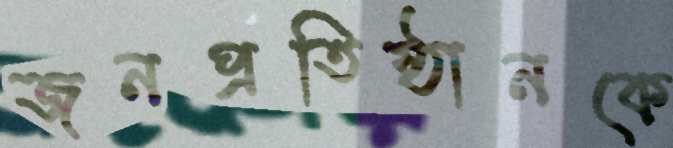
জনপ্রতিষ্ঠানকে